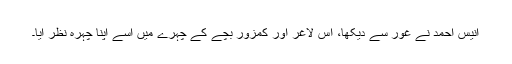
انیس احمد نے غور سے دیکھا، اُس لاغر اور کمزور بچّے کے چہرے میں اُسے اپنا چہرہ نظر آیا۔